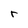
Character: r